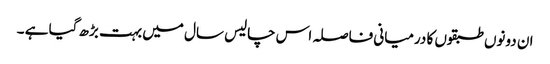
ان دونوں طبقوں کا درمیانی فاصلہ اس چالیس سال میں بہت بڑھ گیا ہے ۔